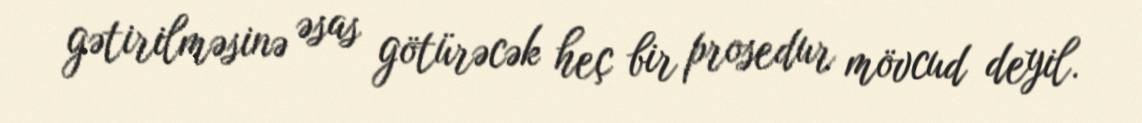
gətirilməsinə əsas götürəcək heç bir prosedur mövcud deyil.